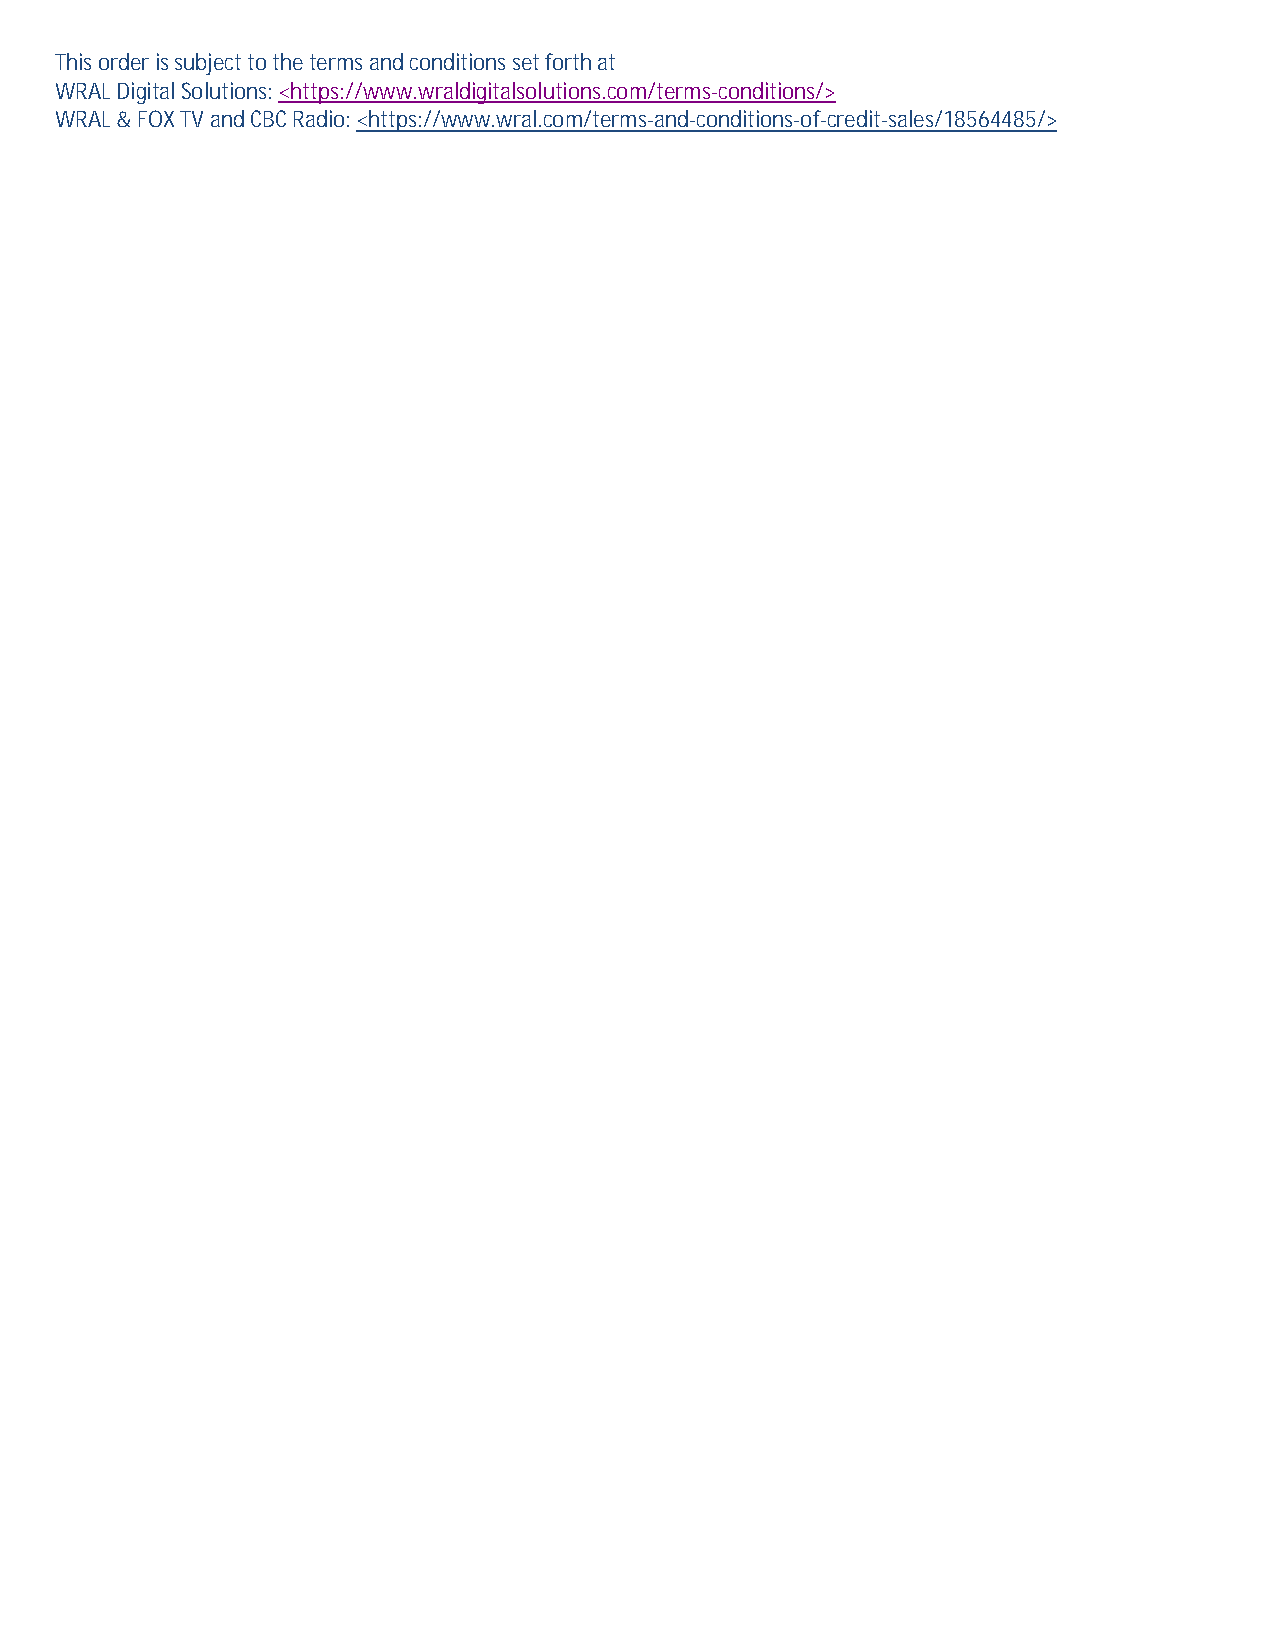
This order is subject to the terms and conditions set forth at
 WRAL Digital Solutions: <https://www.wraldigitalsolutions.com/terms-conditions/>
 WRAL & FOX TV and CBC Radio: <https://www.wral.com/terms-and-conditions-of-credit-sales/18564485/>